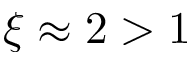
\xi \approx 2 > 1